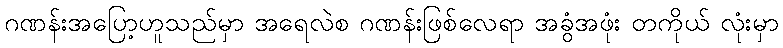
ဂဏန်းအပြော့ဟူသည်မှာ အရေလဲစ ဂဏန်းဖြစ်လေရာ အခွံအဖုံး တကိုယ် လုံးမှာ